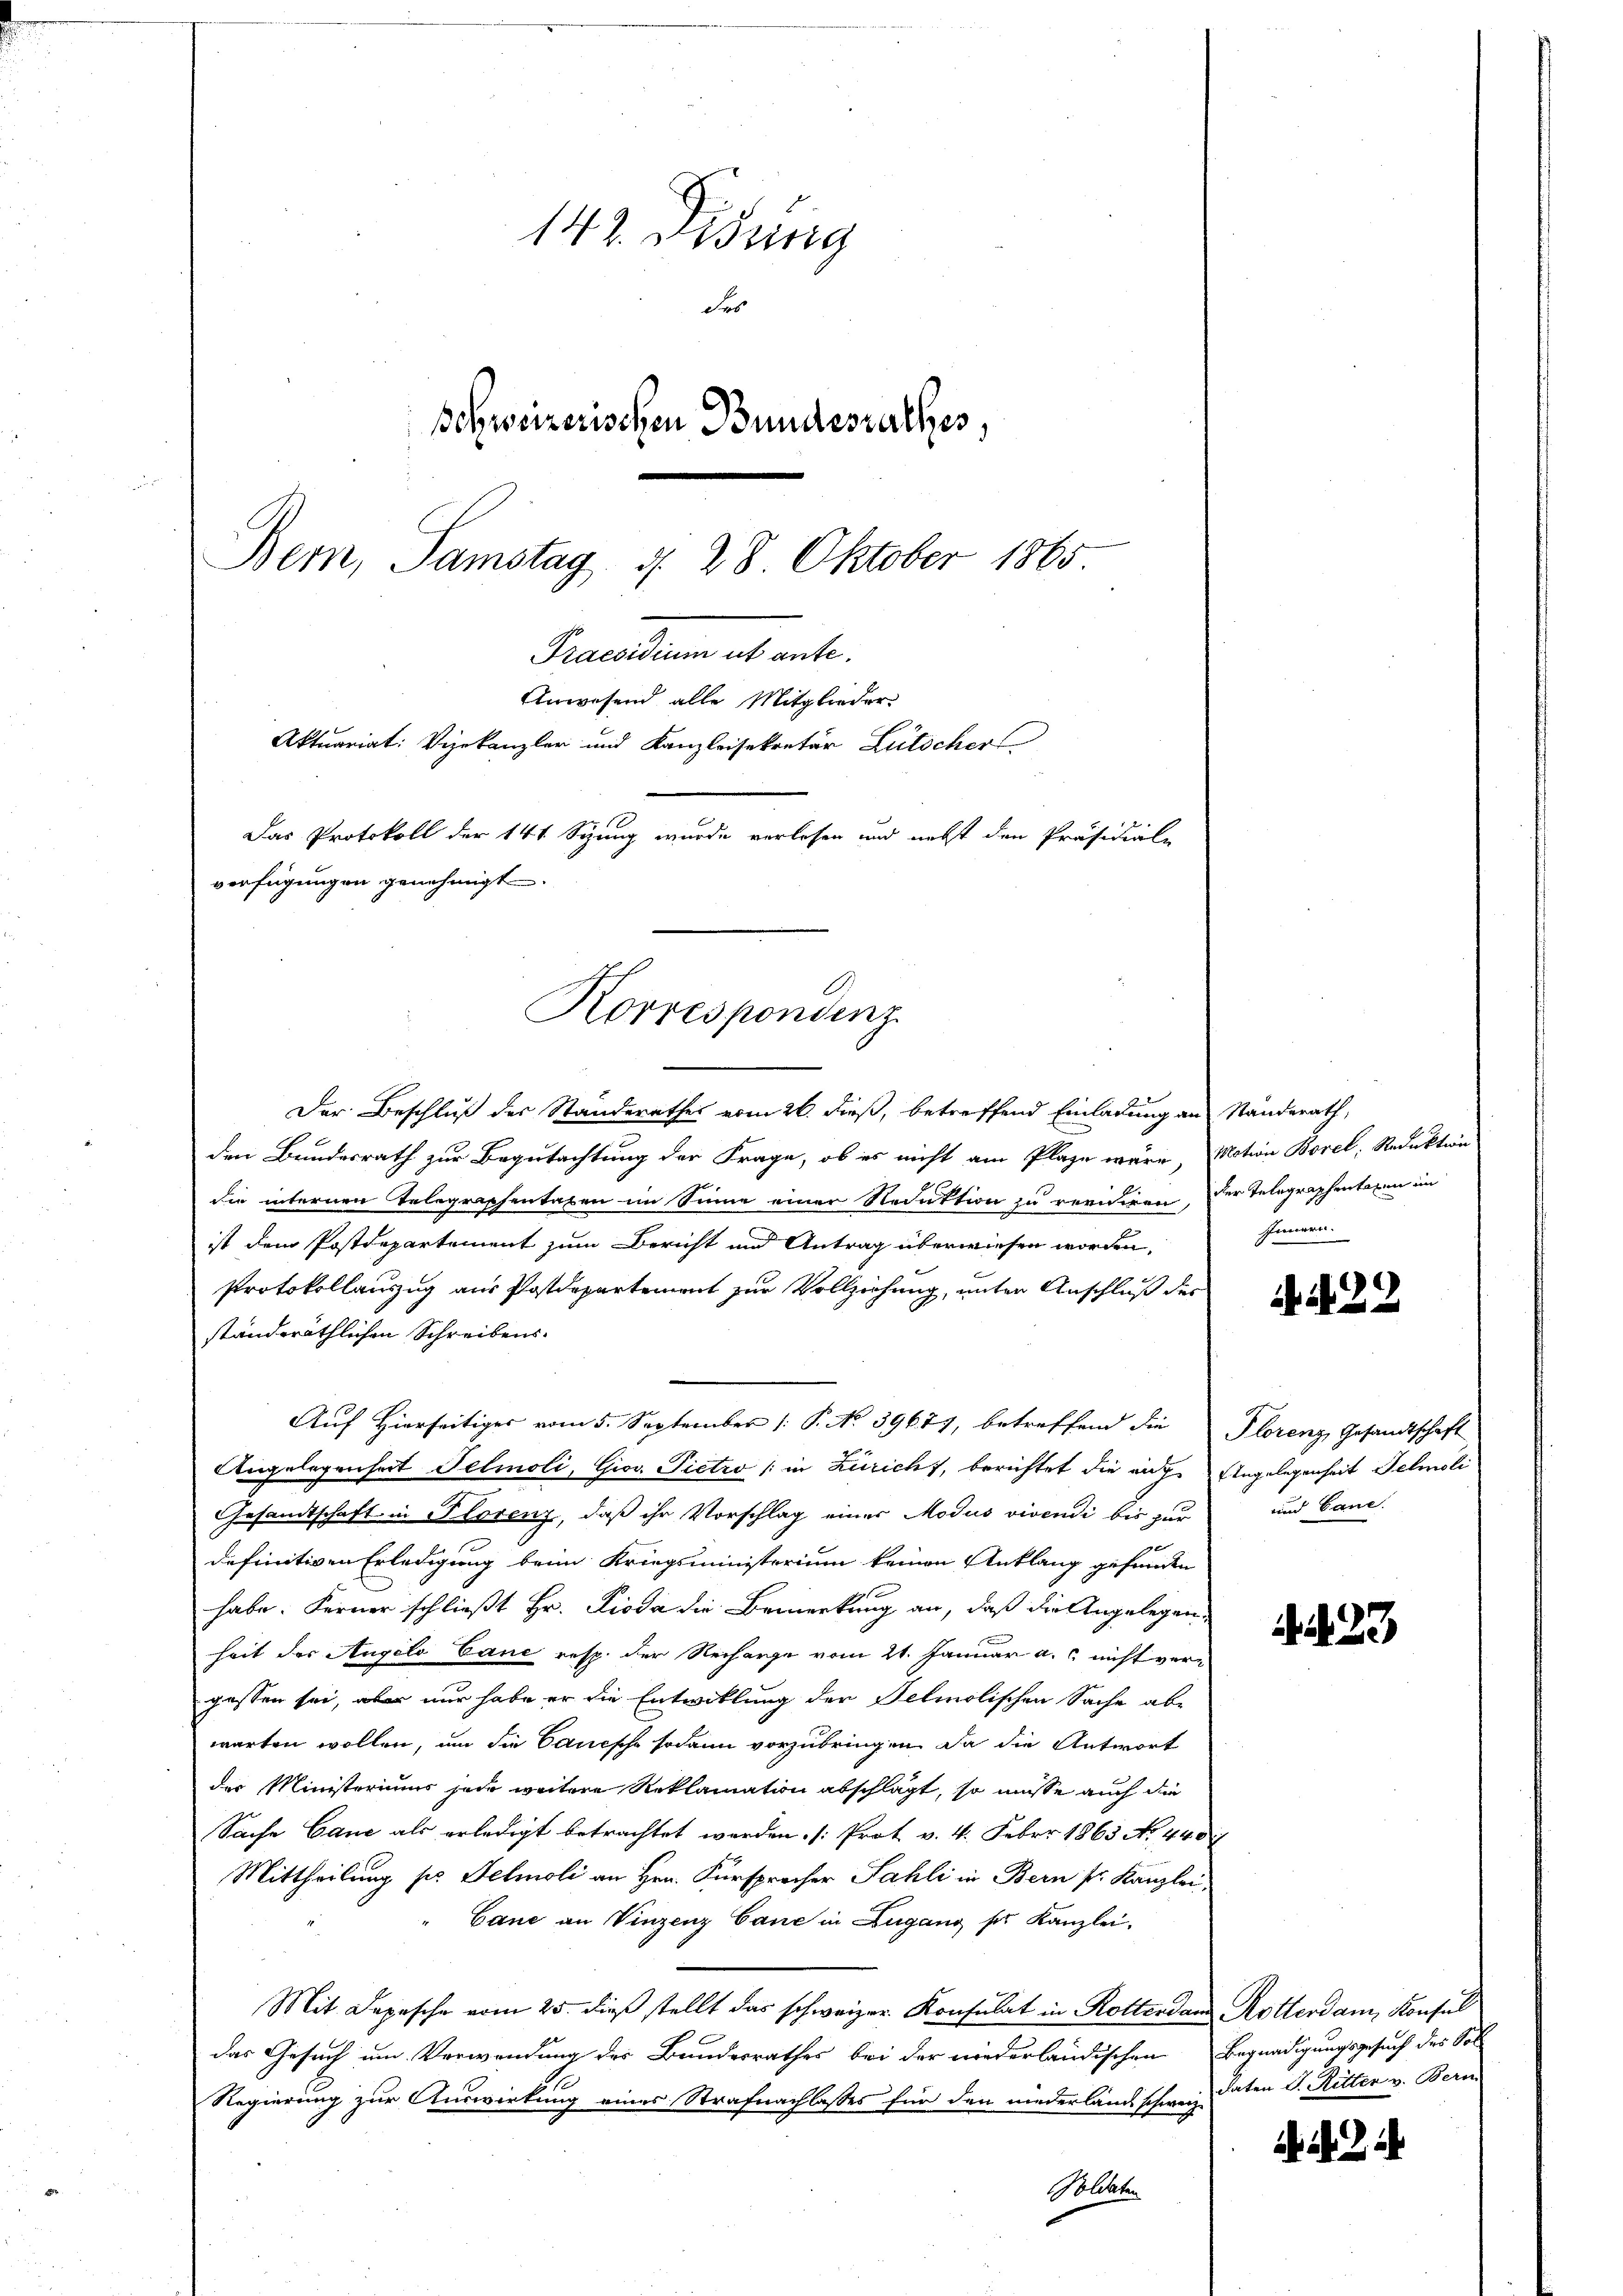
142. Didung
des
Bohweizerischen Bundesrathes,
Bern, Samstag, d. 28 Oktober 1865
Praedium ab ante.
Anwesend alle Mitglieder
Aktuariat. Vizekanzler und Kanzleisekretär Lütscher
 10
Das Protokoll der 141 Sizung wurde verlesen und nebst den Präsidiale
verfügungen genehmigt.

Korrespondenz.

Der Beschluß des Standerathes vom 26. dieß, betreffend Einladung an
den Bundesrath zur Begutachtung der Frage, ob es nicht am Plaze wäre, Nation Borel, Reduktion
die internen Telegraphentaxen im Sinne einer Reduktion zu revidiren, der Telegraphentaxen im
ist dem Postdepartement zum Bericht und Antrag überwiesen worden,
Protokollauszug aus Postdepartement zur Vollziehung, unter Anschluß der
ständeräthlichen Schreibens¬
Auf Hierseitiges vom 5. September 1. P. No 39677, betreffend die
Angelegenheit Felmoli, Giov. Pietro (in Züricht, berichtet die auch Angelegenheit Teleoli
Gesandtschaft in Florenz, daß ihr Vorschlag einer Modus vivendi bis zur und Cane.
definitiven Erledigung beim Kriegsministerium keinen Anklang gefunden
habe. Ferner schließt Hr. Pioda die Bemerkung an, daß die Angelegen
heit des Angelo Cane resp. der Recharge vom 21. Januar a. nicht vergessen sei, aber nur habe er die Entwicklung der Selmolischen Sache abe
warten wollen, um die Cauische sodann vorzubringen. Da die Antwort
der Ministeriums jede weitere Reklamation abschlägt, so müsse auch die
Sache Canc als erledigt betrachtet werden. [Prot v. 4. Feber 1863 No 440
Mittheilung pr. Fehmoli an Hrn. Fürsprocher Sahli in Bern fr. Kanzlei
Cane an Vinzenz Gaue in Lugang der Kanzlei-
Mit Depesche vom 25. dieß stellt das schweizer Konsulat in Rotterdam Rotterdam, Konsul
das Gesuch um Verwendung des Bundesrathes bei der niederländischen Begnadigungsgesuch des Soll
Regierung zur Auswirkung eines Strafnachlasses für den niederland schweiz.
Goldaten

Standerath,
Innern.

Ai 22

Plorenz, Gesandtschaft

1. 433

daten J. Ritter v. Bern

. .